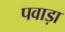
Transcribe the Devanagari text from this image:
पवाड़ा